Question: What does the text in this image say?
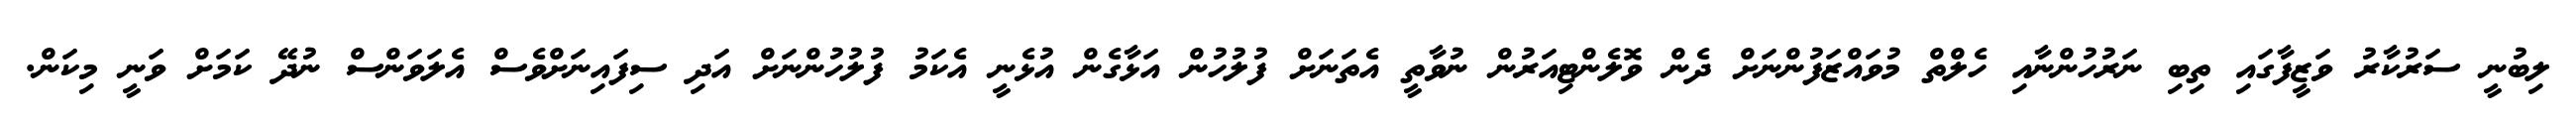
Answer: ލިބުނީ ސަރުކާރު ވަޒީފާގައި ތިބި ނަރުހުންނާއި ހެލްތް މުވައްޒަފުންނަށް ދެން ވޮލެންޓިއަރުން ނުވާތީ އެތަނަށް ފުލުހުން އަޅާގެން އުޅެނީ އެކަމު ފުލުހުންނަށް އަދި ސިފައިނަށްވެސް އެލަވަންސް ނުދޭ ކަމަށް ވަނީ މިކަން.